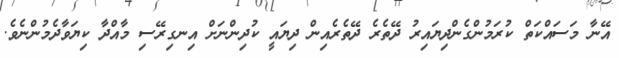
އޭނާ މަސައްކަތް ކުރަމުންގެންދިޔައިރު ދޭތެރެ ދޭތެރެއިން ދިޔަައީ ކުދިންނަށް އިނގިރޭސި މާއްދާ ކިޔަވާދެމުންނެވެ.